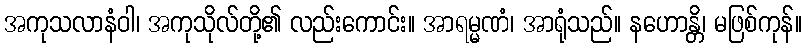
အကုသလာနံဝါ၊ အကုသိုလ်တို့၏ လည်းကောင်း။ အာရမ္မဏံ၊ အာရုံသည်။ နဟောန္တိ၊ မဖြစ်ကုန်။